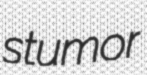
stumor